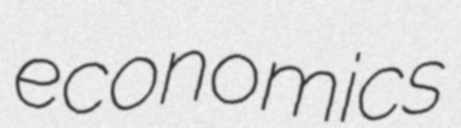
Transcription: economics